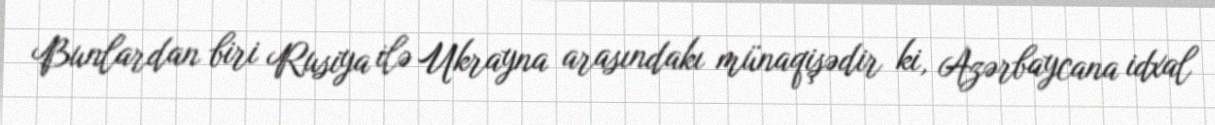
Bunlardan biri Rusiya ilə Ukrayna arasındakı münaqişədir ki, Azərbaycana idxal